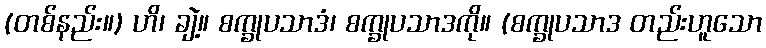
(တစ်နည်း။) ဟိ၊ ချဲ့။ စက္ခုပသာဒံ၊ စက္ခုပသာဒကို။ (စက္ခုပသာဒ တည်းဟူသော